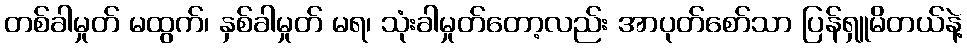
တစ်ခါမှုတ် မထွက်၊ နှစ်ခါမှုတ် မရ၊ သုံးခါမှုတ်တော့လည်း အာပုတ်စော်သာ ပြန်ရှူမိတယ်နဲ့